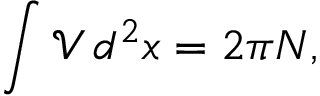
\int \mathcal { V } \, d ^ { 2 } x = 2 \pi N ,